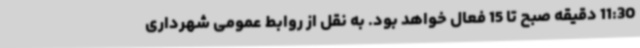
11:30 دقیقه صبح تا 15 فعال خواهد بود. به نقل از روابط عمومی شهرداری